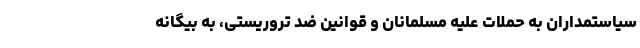
سیاستمداران به حملات علیه مسلمانان و قوانین ضد تروریستی، به بیگانه